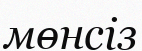
мөнсіз